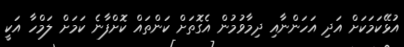
އުޅޭކަމަކަށް އަދި އަހަންނާއި ދިމާވުމުން އެގޮތަށް ކަންތައް ކޮށްފާނެ ކަމަށް ލަމްހާ އަކީ